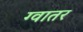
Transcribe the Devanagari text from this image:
ग्वातर